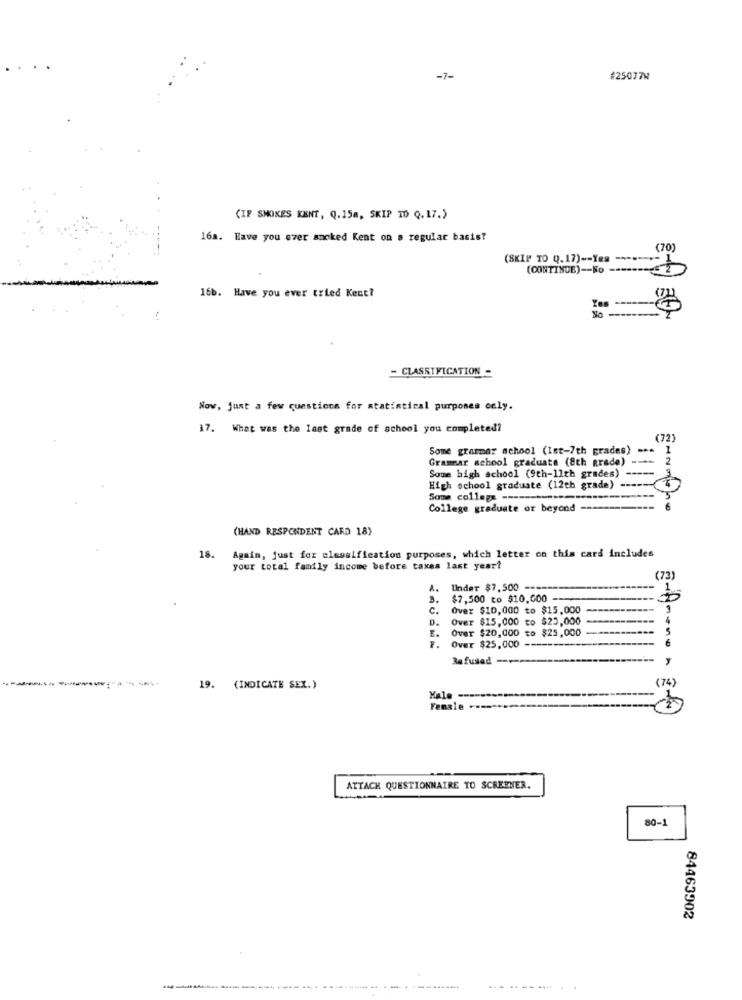
-7-
#25077W
(IF SMOKES KENT, Q. 158, SKIP TO Q. 17.)
16a. Have you ever smoked Kent on a regular basis?
(70)
(SKIP TO Q.17) -- Yes ---
(CONTINUE) -- No ---
16b. Have you ever tried Kent?
No
:
- CLASSIFICATION -
Now, just a few questions for statistical purposes only.
17. What was the last grade of school you completed?
(72)
Some grammar school (1st-7th grades) ...
Grammar school graduate (8th grade) --
Some high school (9th-11th grades) ----
High school graduate (12th grade)
Soma college -----
College graduate or beyond
(HAND RESPONDENT CARD 18)
18. Again, just for eloseification purposes, which letter on this card includes
your total family income before taxes last year!
(73)
A.
Under $7.500 ==
$7,500 to $10,000 -
C.
Over $10,000 to $15,000
D.
Over $15,000 to $25,000
E.
Over $20,000 to $25,000
Over $25,000 --
6
Refused
19. (INDICATE SEX.)
(74)
Kale
Female
g-A -- non -
ATTACH QUESTIONNAIRE TO SCREENER.
80-
84463902